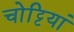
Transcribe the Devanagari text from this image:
चोट्टियां